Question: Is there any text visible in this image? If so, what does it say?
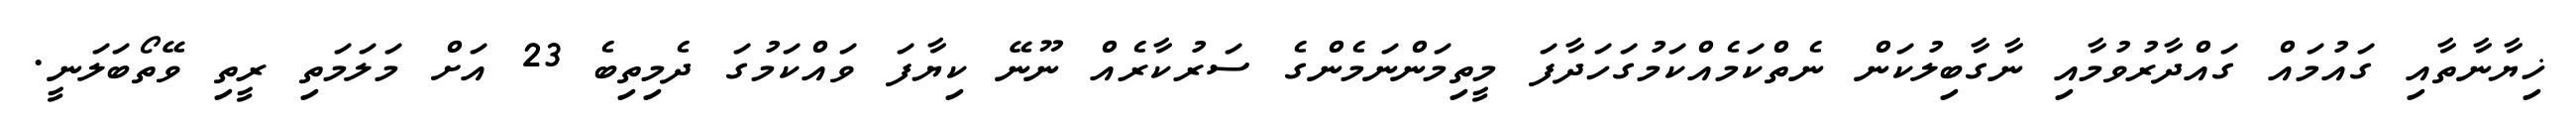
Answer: ޚިޔާނާތާއި ގައުމައް ގައްދާރުވުމާއި ނާގާބިލުކަން ނެތްކަމެއްކަމުގަހަދާފަ މީތިމަންނަމެންގެ ސަރުކާރެއް ނޫނޭ ކިޔާފަ ވައްކަމުގަ ދެމިތިބެ 23 އަށް މަލަމަތި ރީތި ވޭތޯބަލަނީ.